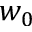
w _ { 0 }